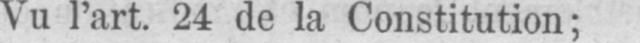
Vu l’art. 24 de la Constitution;